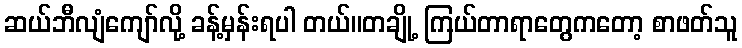
ဆယ်ဘီလျံကျော်လို့ ခန့်မှန်းရပါ တယ်။တချို့ ကြယ်တာရာတွေကတော့ စာဖတ်သူ